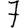
Digit: 7